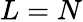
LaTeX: L=N